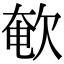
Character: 𣣚